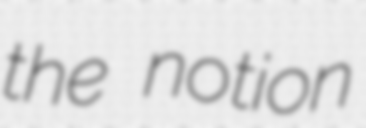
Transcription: the notion